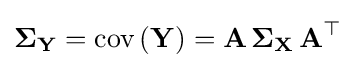
\mathbf {\Sigma _{Y}} =\mathrm {cov} \left(\mathbf {Y} \right)=\mathbf {A\,\Sigma _{X}\,A} ^{\top }